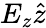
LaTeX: E_{z}\hat{z}